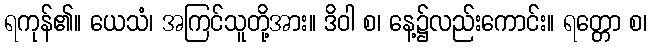
ရကုန်၏။ ယေသံ၊ အကြင်သူတို့အား။ ဒိဝါ စ၊ နေ့၌လည်းကောင်း။ ရတ္တော စ၊